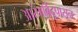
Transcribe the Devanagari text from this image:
आरंभबिंदूपासून